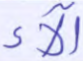
آلاء